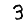
Digit: 3